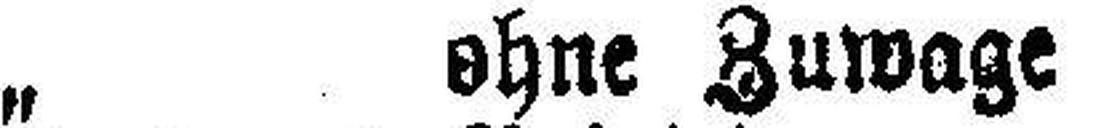
„ ohne Zuwage